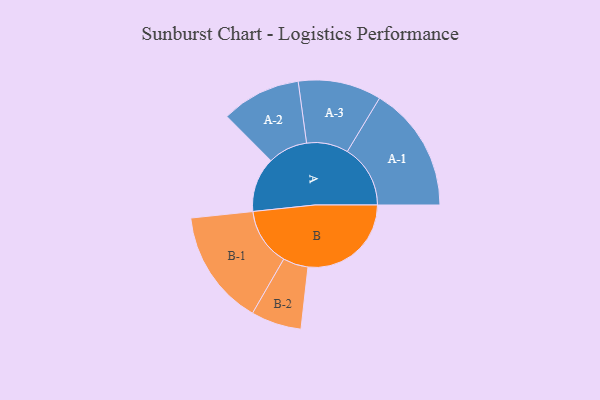
{"axis": {"x": "Segment", "y": "Value"}, "legend": ["", "A", "B"], "data": [{"x": "A", "y": 230, "type": ""}, {"x": "B", "y": 434, "type": ""}, {"x": "A-1", "y": 265, "type": "A"}, {"x": "A-2", "y": 167, "type": "A"}, {"x": "A-3", "y": 175, "type": "A"}, {"x": "B-1", "y": 243, "type": "B"}, {"x": "B-2", "y": 106, "type": "B"}]}